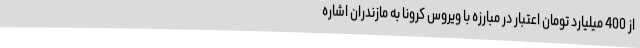
از 400 میلیارد تومان اعتبار در مبارزه با ویروس کرونا به مازندران اشاره